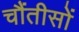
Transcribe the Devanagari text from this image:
चौंतीसों